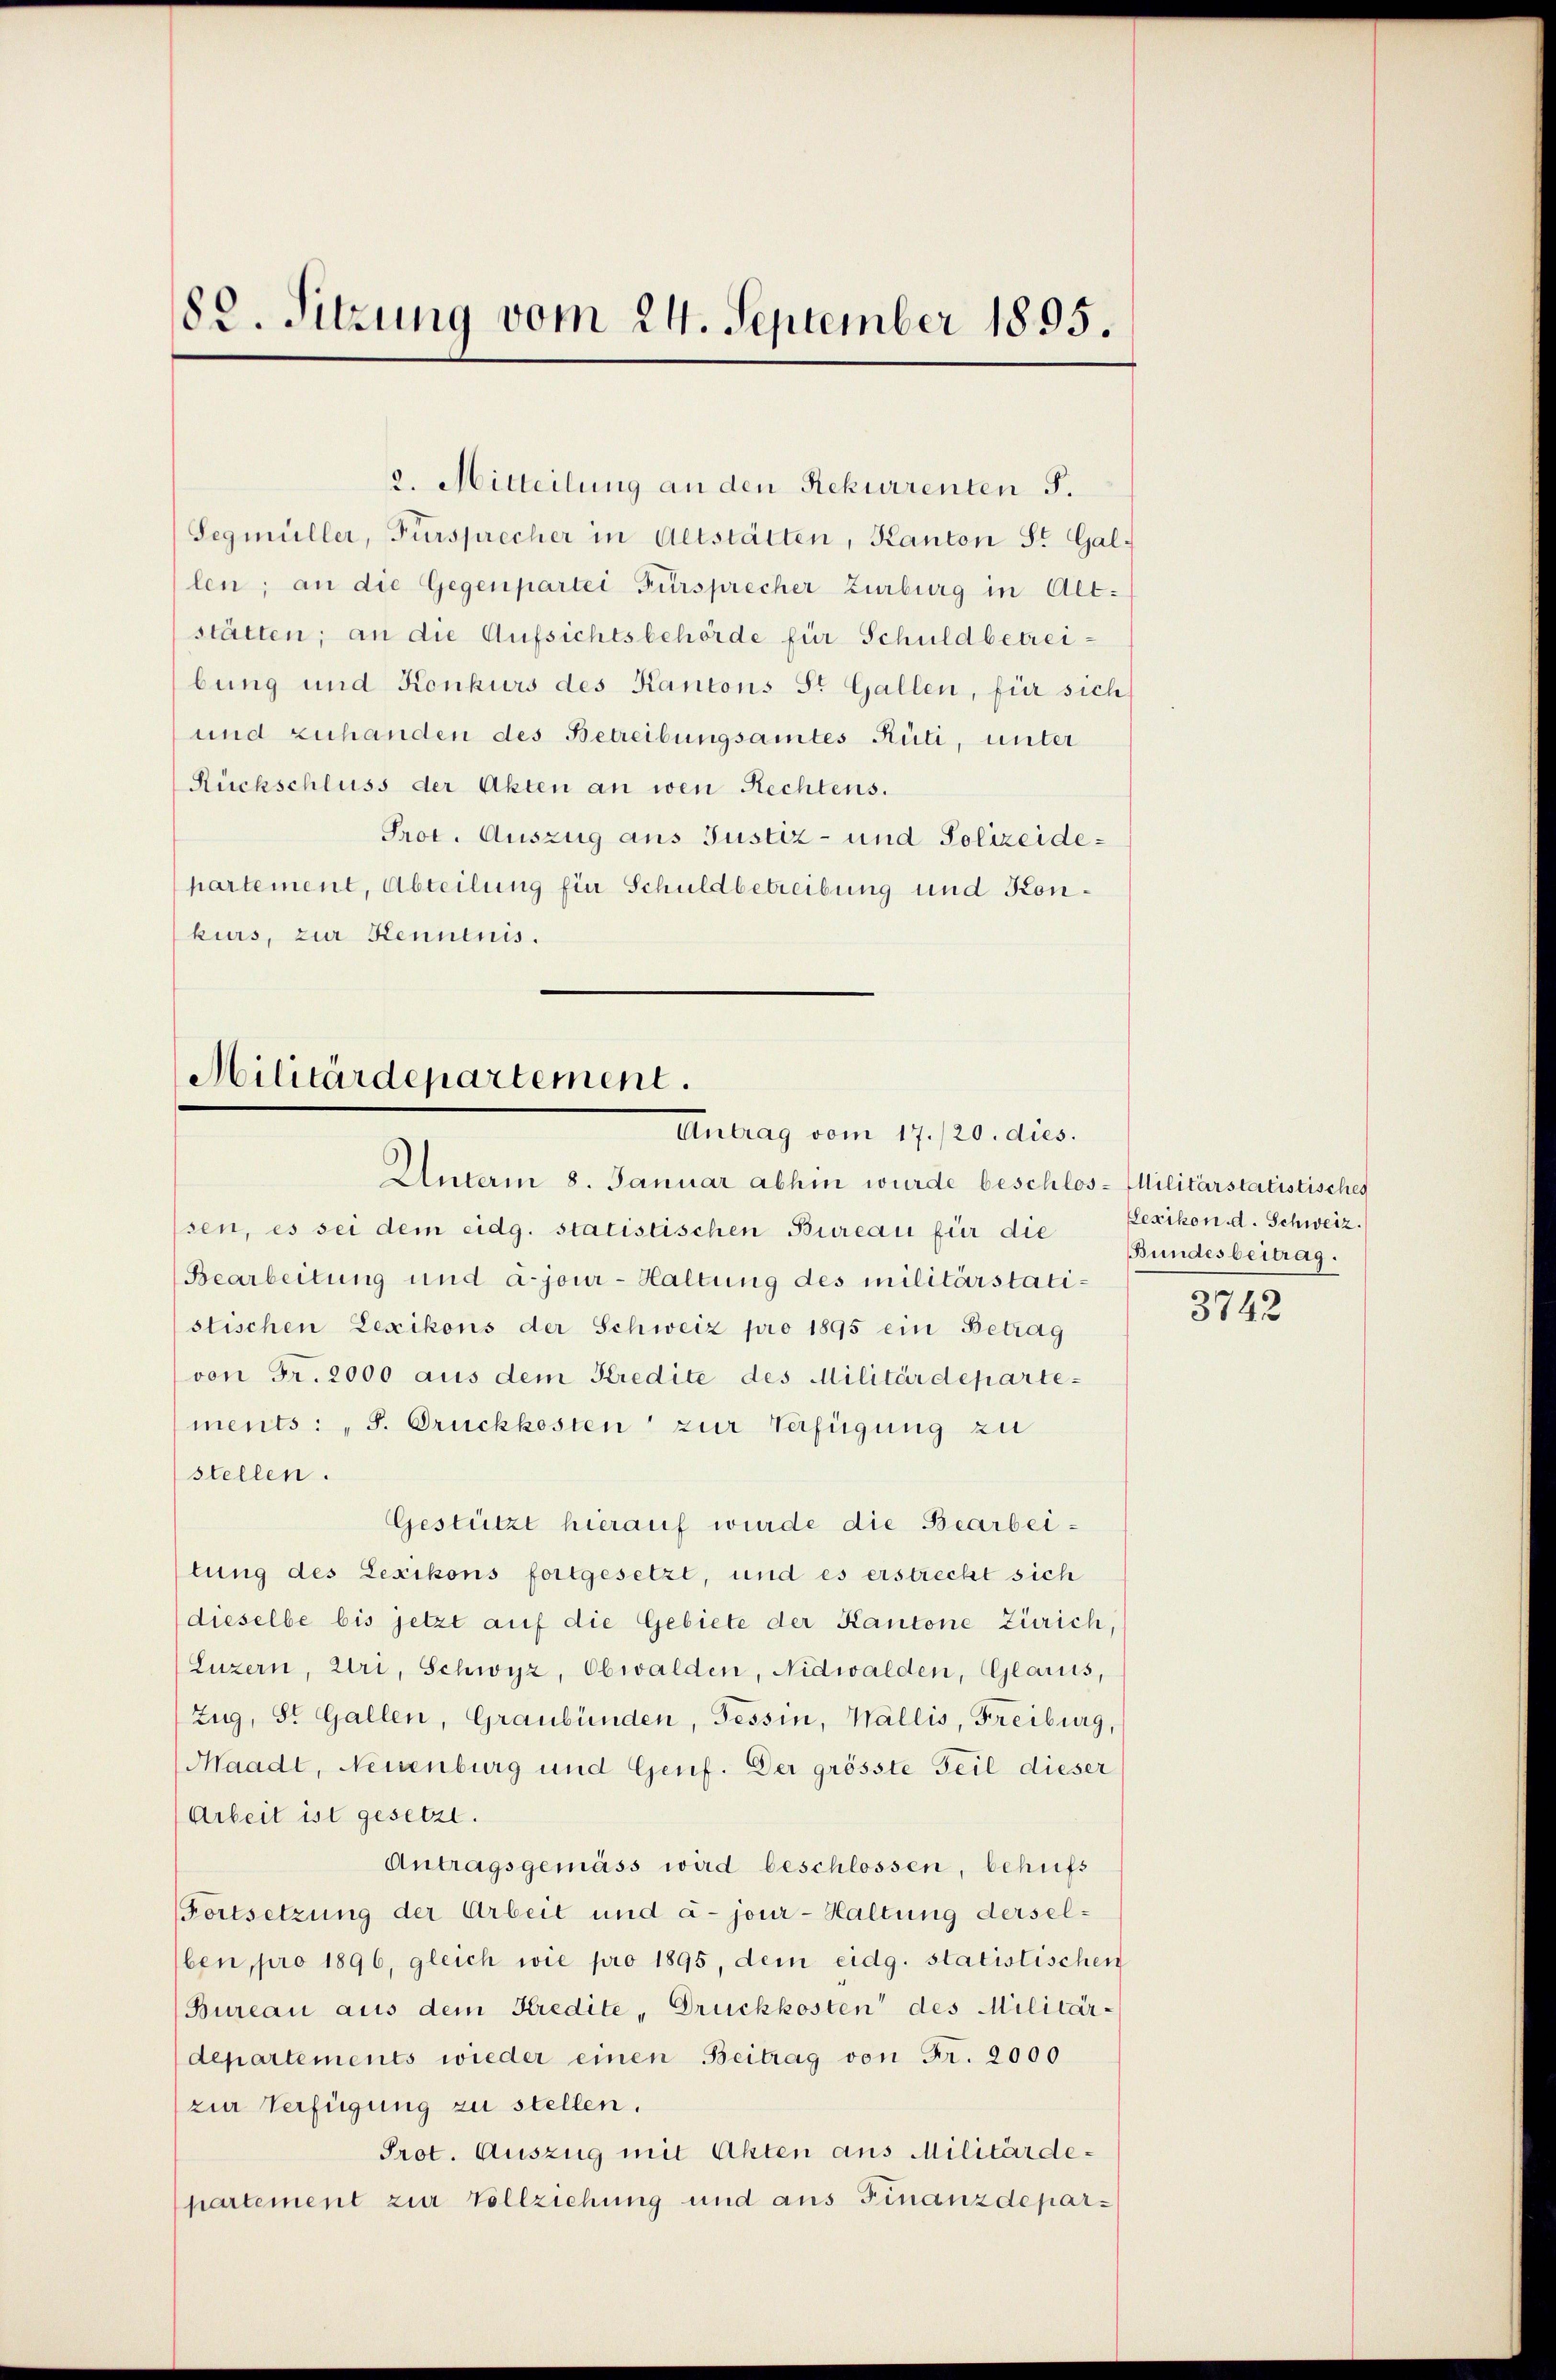
82. Sitzung vom 24. September 1895.

2. Mitteilung an den Rekurrenten 5.
Segmüller, Fürsprecher in Altstätten, Kanton St. Gal-
len; an die Gegenpartei Fürsprecher Zurburg in Alt-
stätten; an die Aufsichtsbehörde für Schuldbetreibung und Konkurs des Kantons St. Gallen, für sich
und zuhanden des Betreibungsamtes Rüti, unter
Rückschluss der Akten an wen Rechtens.
Prot. Auszug aus Justiz- und Polizeidehartement, Abteilung für Schuldbetreibung und Konkurs, zur Kenntnis.

Militärdepartement.
Eintrag vom 17./20. dies.
Unterm 8. Januar abhin wurde beschlos-Militärstatistisches

sen, es sei dem eidg. statistischen Bureau für die
Bearbeitung und ajour-Haltung des militärstatistischen Lexikons der Schweiz pro 1895 ein Betrag
von Fr. 2000 aus dem Kredite des Militärdepartements: „J. Druckkosten zur Verfügung zu
stellen.
Gestützt hierauf wurde die Bearbeitung des Lexikons fortgesetzt, und es erstreckt sich
dieselbe bis jetzt auf die Gebiete der Kantone Zürich,
Luzern, Uri, Schwyz, Obwalden, Nidwalden, Glarus,
Zug, St. Gallen, Graubünden, Tessin, Wallis, Freiburg,
Waadt, Neuenburg und Genf. Der grösste Teil dieser
Arbeit ist gesetzt.
Antragsgemäss wird beschlossen, behufs
Fortsetzung der Arbeit und a jour-Haltung derselben, pro 1896, gleich wie pro 1895, dem eidg. statistischen
Bureau aus dem Kredite „Drückkosten des Militär-
departements wieder einen Beitrag von Fr. 2000
zur Verfügung zu stellen.
Prot. Auszug mit Akten aus Militärdepartement zur Vollziehung und aus Finanzdepar¬

Lexikon d. Schweiz.
Bundesbeitrag.

3742